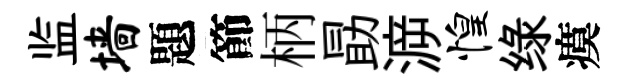
监墙題節柄勗㴑惶绿瘼